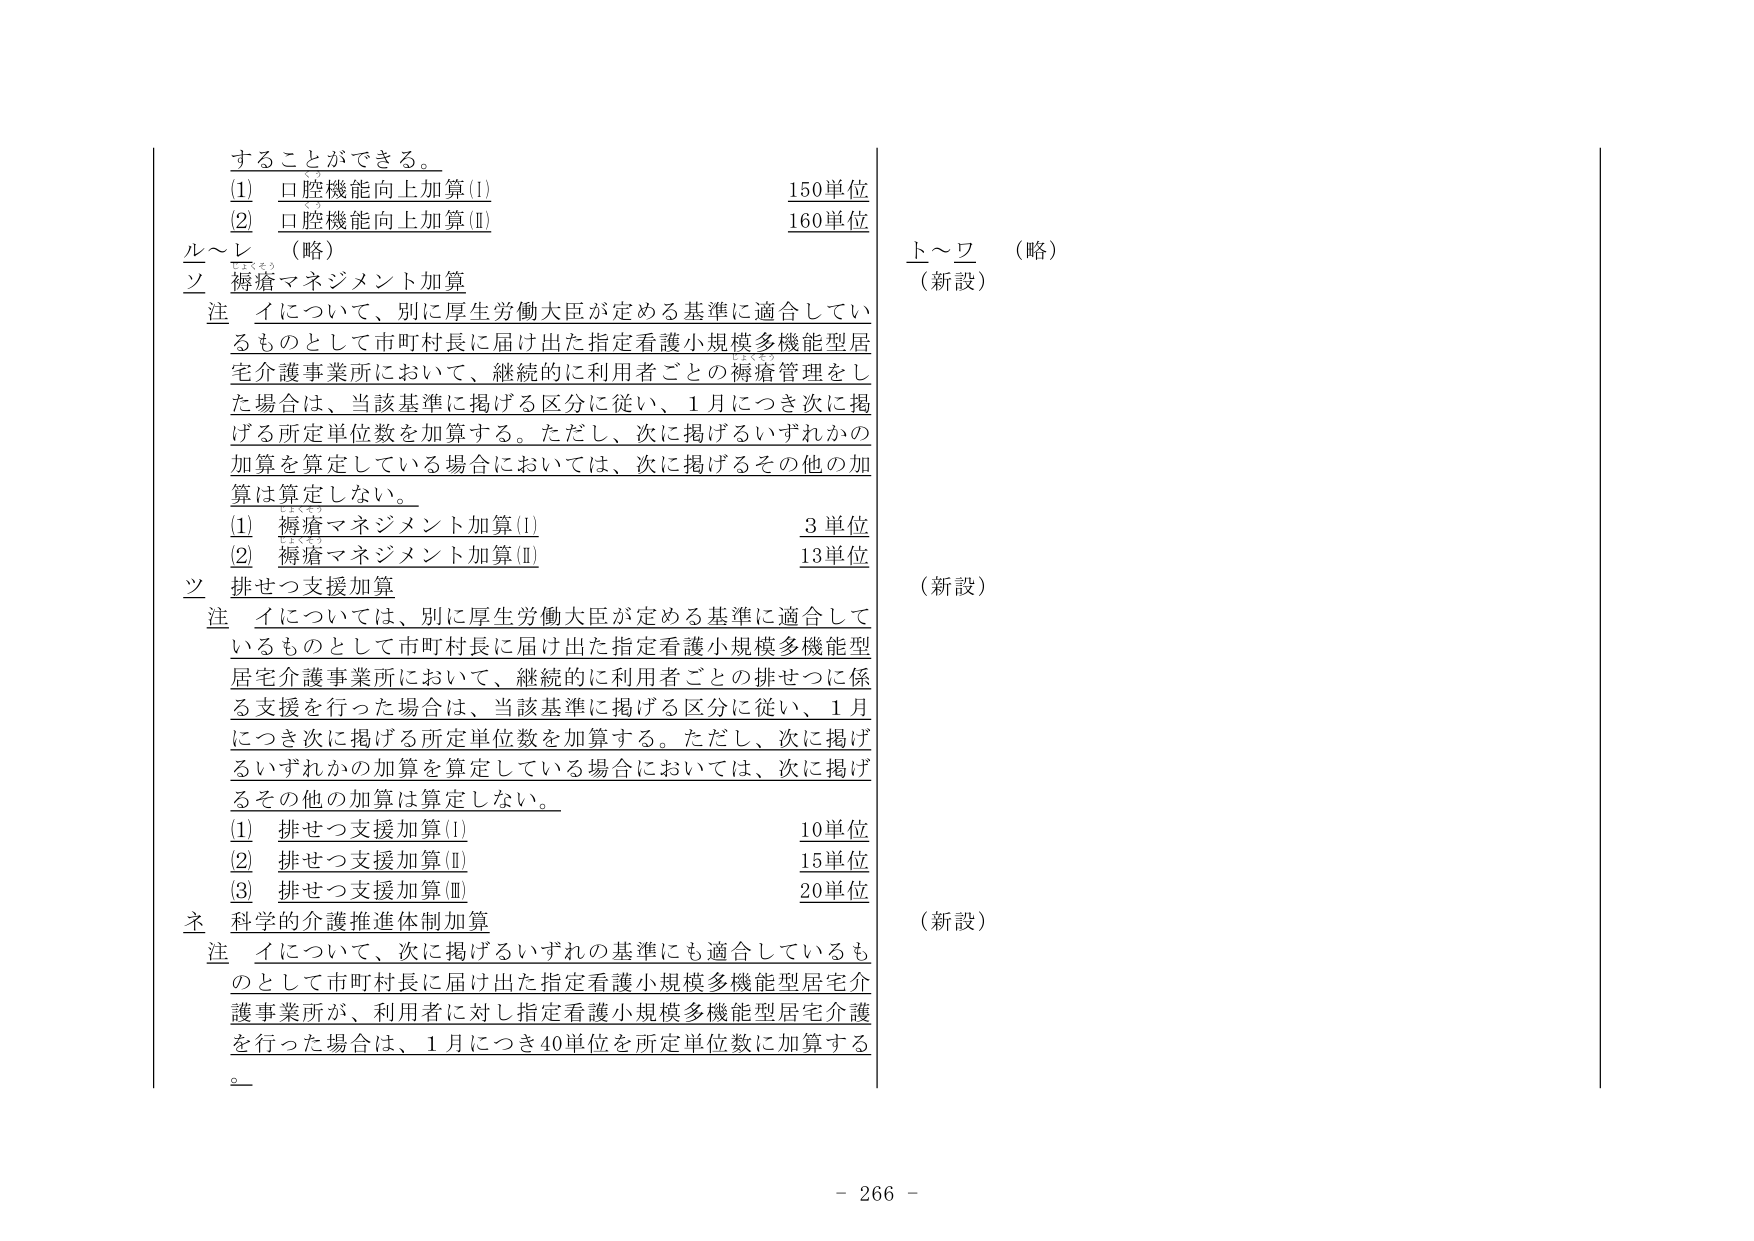
することことができる。
(1) 口腔機能向上加算(Ⅰ) 150単位
(2) 口腔機能向上加算(Ⅱ) 160単位
ル～レ （略）
ソ 痴瘡マネジメント加算
注 イについては、別に厚生労働大臣が定める基準に適合しているものとして市町村長に届け出た指定看護小規模多機能型居宅介護事業所において、継続的に利用者ごとの痴瘡管理をした場合は、当該基準に掲げる区分に従い、1月につき次に掲げる所定単位数を加算する。ただし、次に掲げるいずれかの加算を算定している場合においては、次に掲げるその他の加算は算定しない。
(1) 痴瘡マネジメント加算(Ⅰ) 3単位
(2) 痴瘡マネジメント加算(Ⅱ) 13単位
ツ 排せつ支援加算
注 イについては、別に厚生労働大臣が定める基準に適合しているものとして市町村長に届け出た指定看護小規模多機能型居宅介護事業所において、継続的に利用者ごとの排せつに係る支援を行った場合は、当該基準に掲げる区分に従い、1月につき次に掲げる所定単位数を加算する。ただし、次に掲げるいずれかの加算を算定している場合においては、次に掲げるその他の加算は算定しない。
(1) 排せつ支援加算(Ⅰ) 10単位
(2) 排せつ支援加算(Ⅱ) 15単位
(3) 排せつ支援加算(Ⅲ) 20単位
ネ 科学的介護推進体制加算
注 イについては、次に掲げるいずれの基準にも適合しているものとして市町村長に届け出た指定看護小規模多機能型居宅介護事業所が、利用者に対し指定看護小規模多機能型居宅介護を行った場合は、1月につき40単位を所定単位数に加算する。
上～ツ （略）
（新設）
（新設）
（新設）
- 266 -